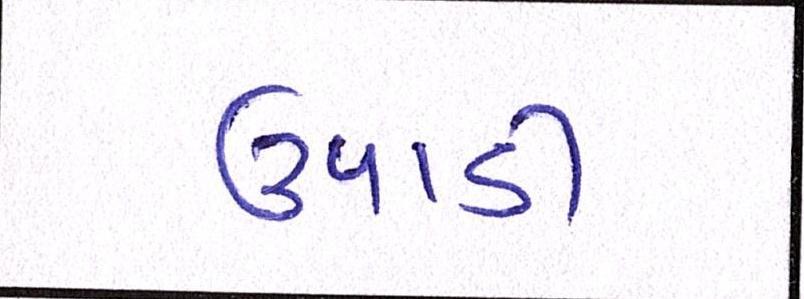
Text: ઉપાડી